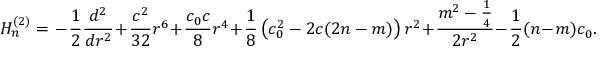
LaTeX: { \cal H } _ { n } ^ { ( 2 ) } = { } - \frac 1 2 \frac { d ^ { 2 } } { d r ^ { 2 } } + \frac { c ^ { 2 } } { 3 2 } r ^ { 6 } + \frac { c _ { 0 } c } 8 r ^ { 4 } + \frac 1 8 \left( c _ { 0 } ^ { 2 } - 2 c ( 2 n - m ) \right) r ^ { 2 } + \frac { m ^ { 2 } - \frac 1 4 } { 2 r ^ { 2 } } - \frac 1 2 ( n - m ) c _ { 0 } .